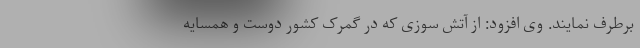
برطرف نمایند. وی افزود: از آتش سوزی که در گمرک کشور دوست و همسایه